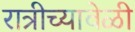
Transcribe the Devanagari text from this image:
रात्रीच्यावेळी